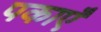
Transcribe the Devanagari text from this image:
पकाएँ